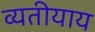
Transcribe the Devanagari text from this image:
व्यतीयाय